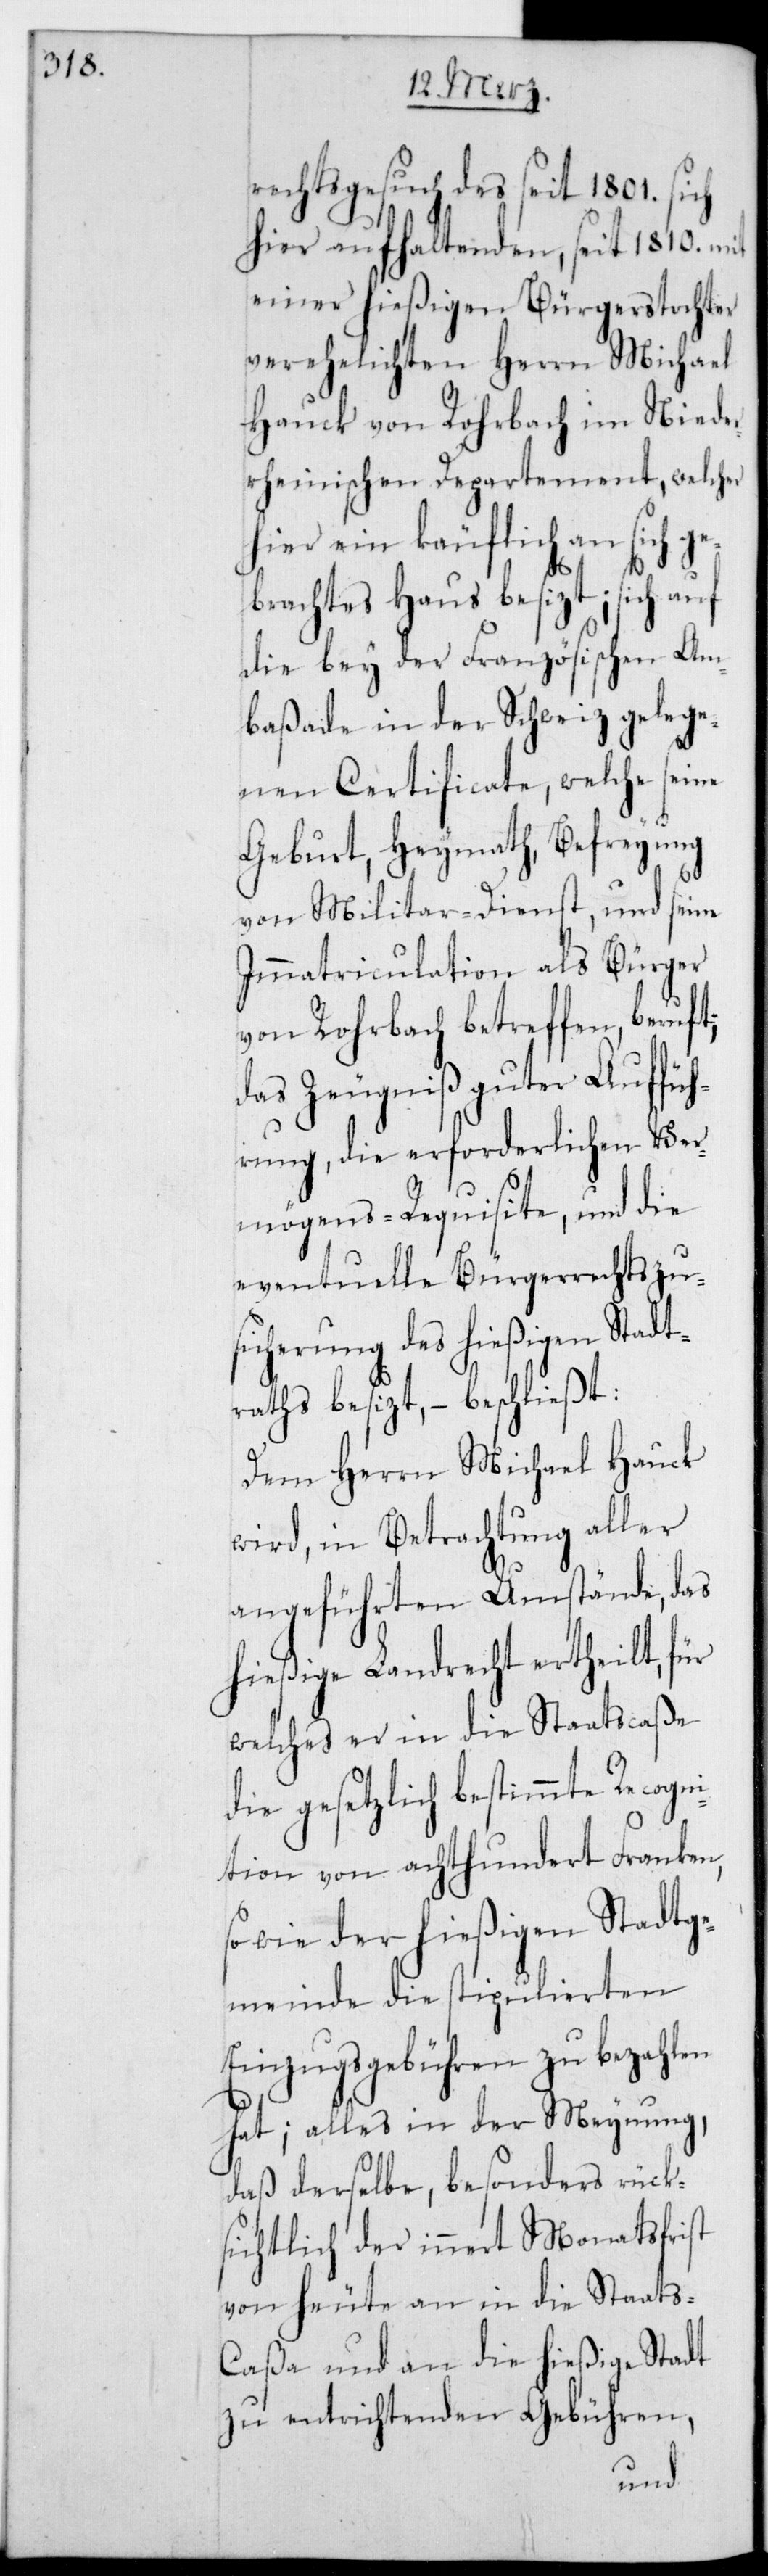
rechtsgesuch des seit 1801. sich
hier aufhaltenden, seit 1810. mit
einer hießigen Bürgerstochter
verehelichten Herrn Michael
Hauck von Rohrbach im Niede¬
rrheinischen Departement, welcher
hier ein käuflich an sich g¬
ebrachtes Haus besitzt; sich auf
die bey der Französischen Am¬
baßade in der Schweiz gelege¬
nen Certificate, welche seine
Geburt, Heymath, Befreiung
von Militar-Dienst und seine
Immatriculation als Bürger
von Rohrbach betreffen, beruft;
das Zeugnis guter Auffüh¬
rung, die erforderlichen Ver¬
mögens-Requisite und die
eventuelle Bürgerrechts-Zu¬
sicherung des hießigen Stadt¬
raths besitzt, – beschließt:
Dem Herrn Michael Hauck
wird, in Betrachtung aller
angeführten Umstände, das
hießige Landrecht ertheilt, für
welches er in die Staatscaße
die gesetzlich bestimmte Recogn¬
ition von achthundert Franken,
sowie der hießigen Stadtge¬
meinde die stipulierten
Einzugsgebühren zu bezahlen
hat; alles in der Meynung,
daß derselbe, besonders rück¬
sichtlich der innert Monatsfrist
von heute, an die hießige Staats-C¬
aßa und an die hießige Stadt
zu entrichtenden Gebühren,